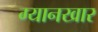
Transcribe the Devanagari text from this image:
ग्यानखार